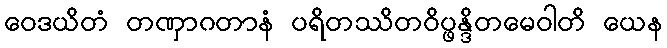
ဝေဒယိတံ တဏှာဂတာနံ ပရိတဿိတဝိပ္ဖန္ဒိတမေဝါတိ ယေန